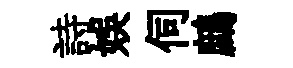
詩娱伺鷓